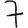
Digit: 7